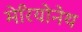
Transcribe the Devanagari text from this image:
मेरियोनेथ